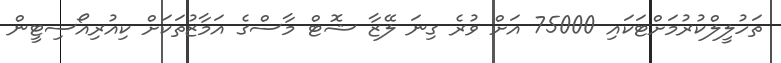
ތަހުލީލްކުރުމަށްޓަކައި 75000 އަށް ވުރެ ގިނަ ލޭޒާ ޝޮޓް މާސްގެ އަމާޒުތަކަށް ކިއުރިއޯސިޓީން